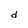
Character: d